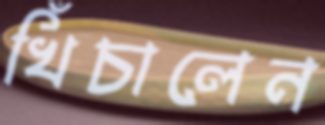
খিঁচালেন